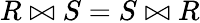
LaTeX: R\bowtie S=S\bowtie R